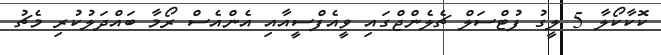
ކޮކާކޯލާ 5 ލީގު ފުޓްސަލް ޗެލެންޖްގައި ވީއެފްސީއާއި އެންއެސް ރޯމާ ބައްދަލުކުރި މެޗު